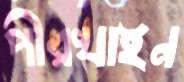
পীরখাইন